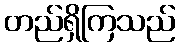
တည်ရှိကြသည်